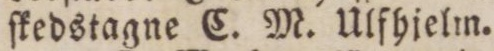
ſkedstagne C. M. Ulfhjelm.